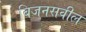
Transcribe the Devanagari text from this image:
बिजनसवील